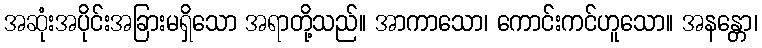
အဆုံးအပိုင်းအခြားမရှိသော အရာတို့သည်။ အာကာသော၊ ကောင်းကင်ဟူသော။ အနန္တော၊